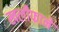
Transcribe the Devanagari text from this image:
खलीफाने